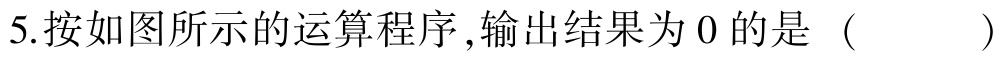
5.按如图所示的运算程序,输出结果为0的是（  ）